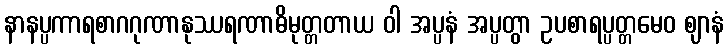
နာနပ္ပကာရစာဂဂုဏာနုဿရဏာဓိမုတ္တတာယ ဝါ အပ္ပနံ အပ္ပတွာ ဥပစာရပ္ပတ္တမေဝ ဈာနံ